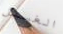
الغسيل